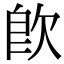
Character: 𣢣